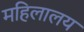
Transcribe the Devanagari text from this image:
महिलालय